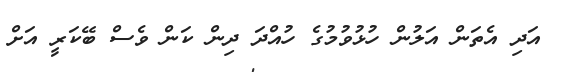
އަދި އެތަން އަލުން ހުޅުވުމުގެ ހުއްދަ ދިން ކަން ވެސް ބޭކަރީ އަށް